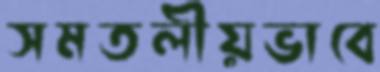
সমতলীয়ভাবে